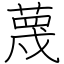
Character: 蔑